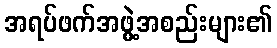
အရပ်ဖက်အဖွဲ့အစည်းများ၏